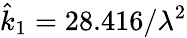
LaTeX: \hat{k}_{1}=28.416/\lambda^{2}